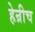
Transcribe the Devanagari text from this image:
हेन्रीच